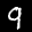
Label: 9